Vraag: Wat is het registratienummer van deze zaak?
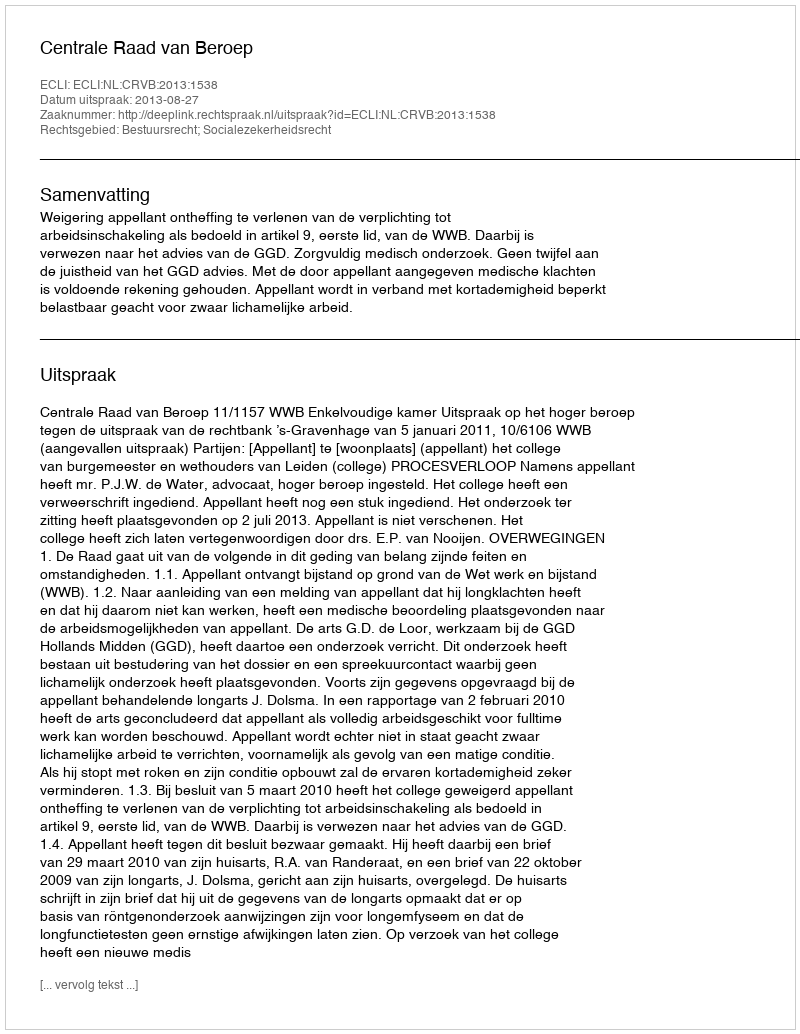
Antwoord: http://deeplink.rechtspraak.nl/uitspraak?id=ECLI:NL:CRVB:2013:1538